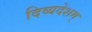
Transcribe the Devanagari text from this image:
दिव्यदेशम्